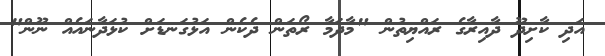
އަދި ކާށިދޫ ދާއިރާގެ ރައްޔިތުން "މާދަމާ ރޯތަން ދެކެން އަޅުގަނޑަށް ކުޅަދާނައެއް ނޫން"